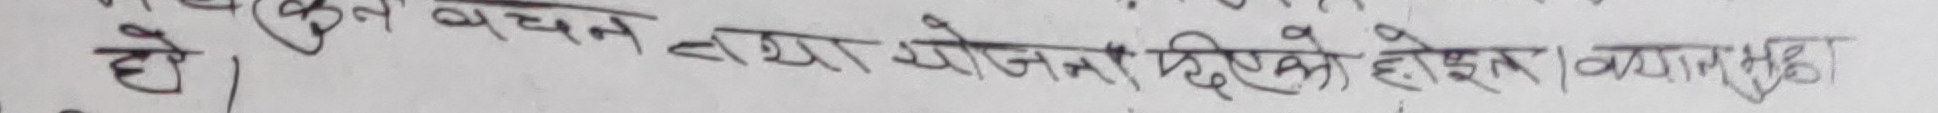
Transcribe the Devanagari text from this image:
है चयन तथा योजन दिए होकर। व्याख्या भइ